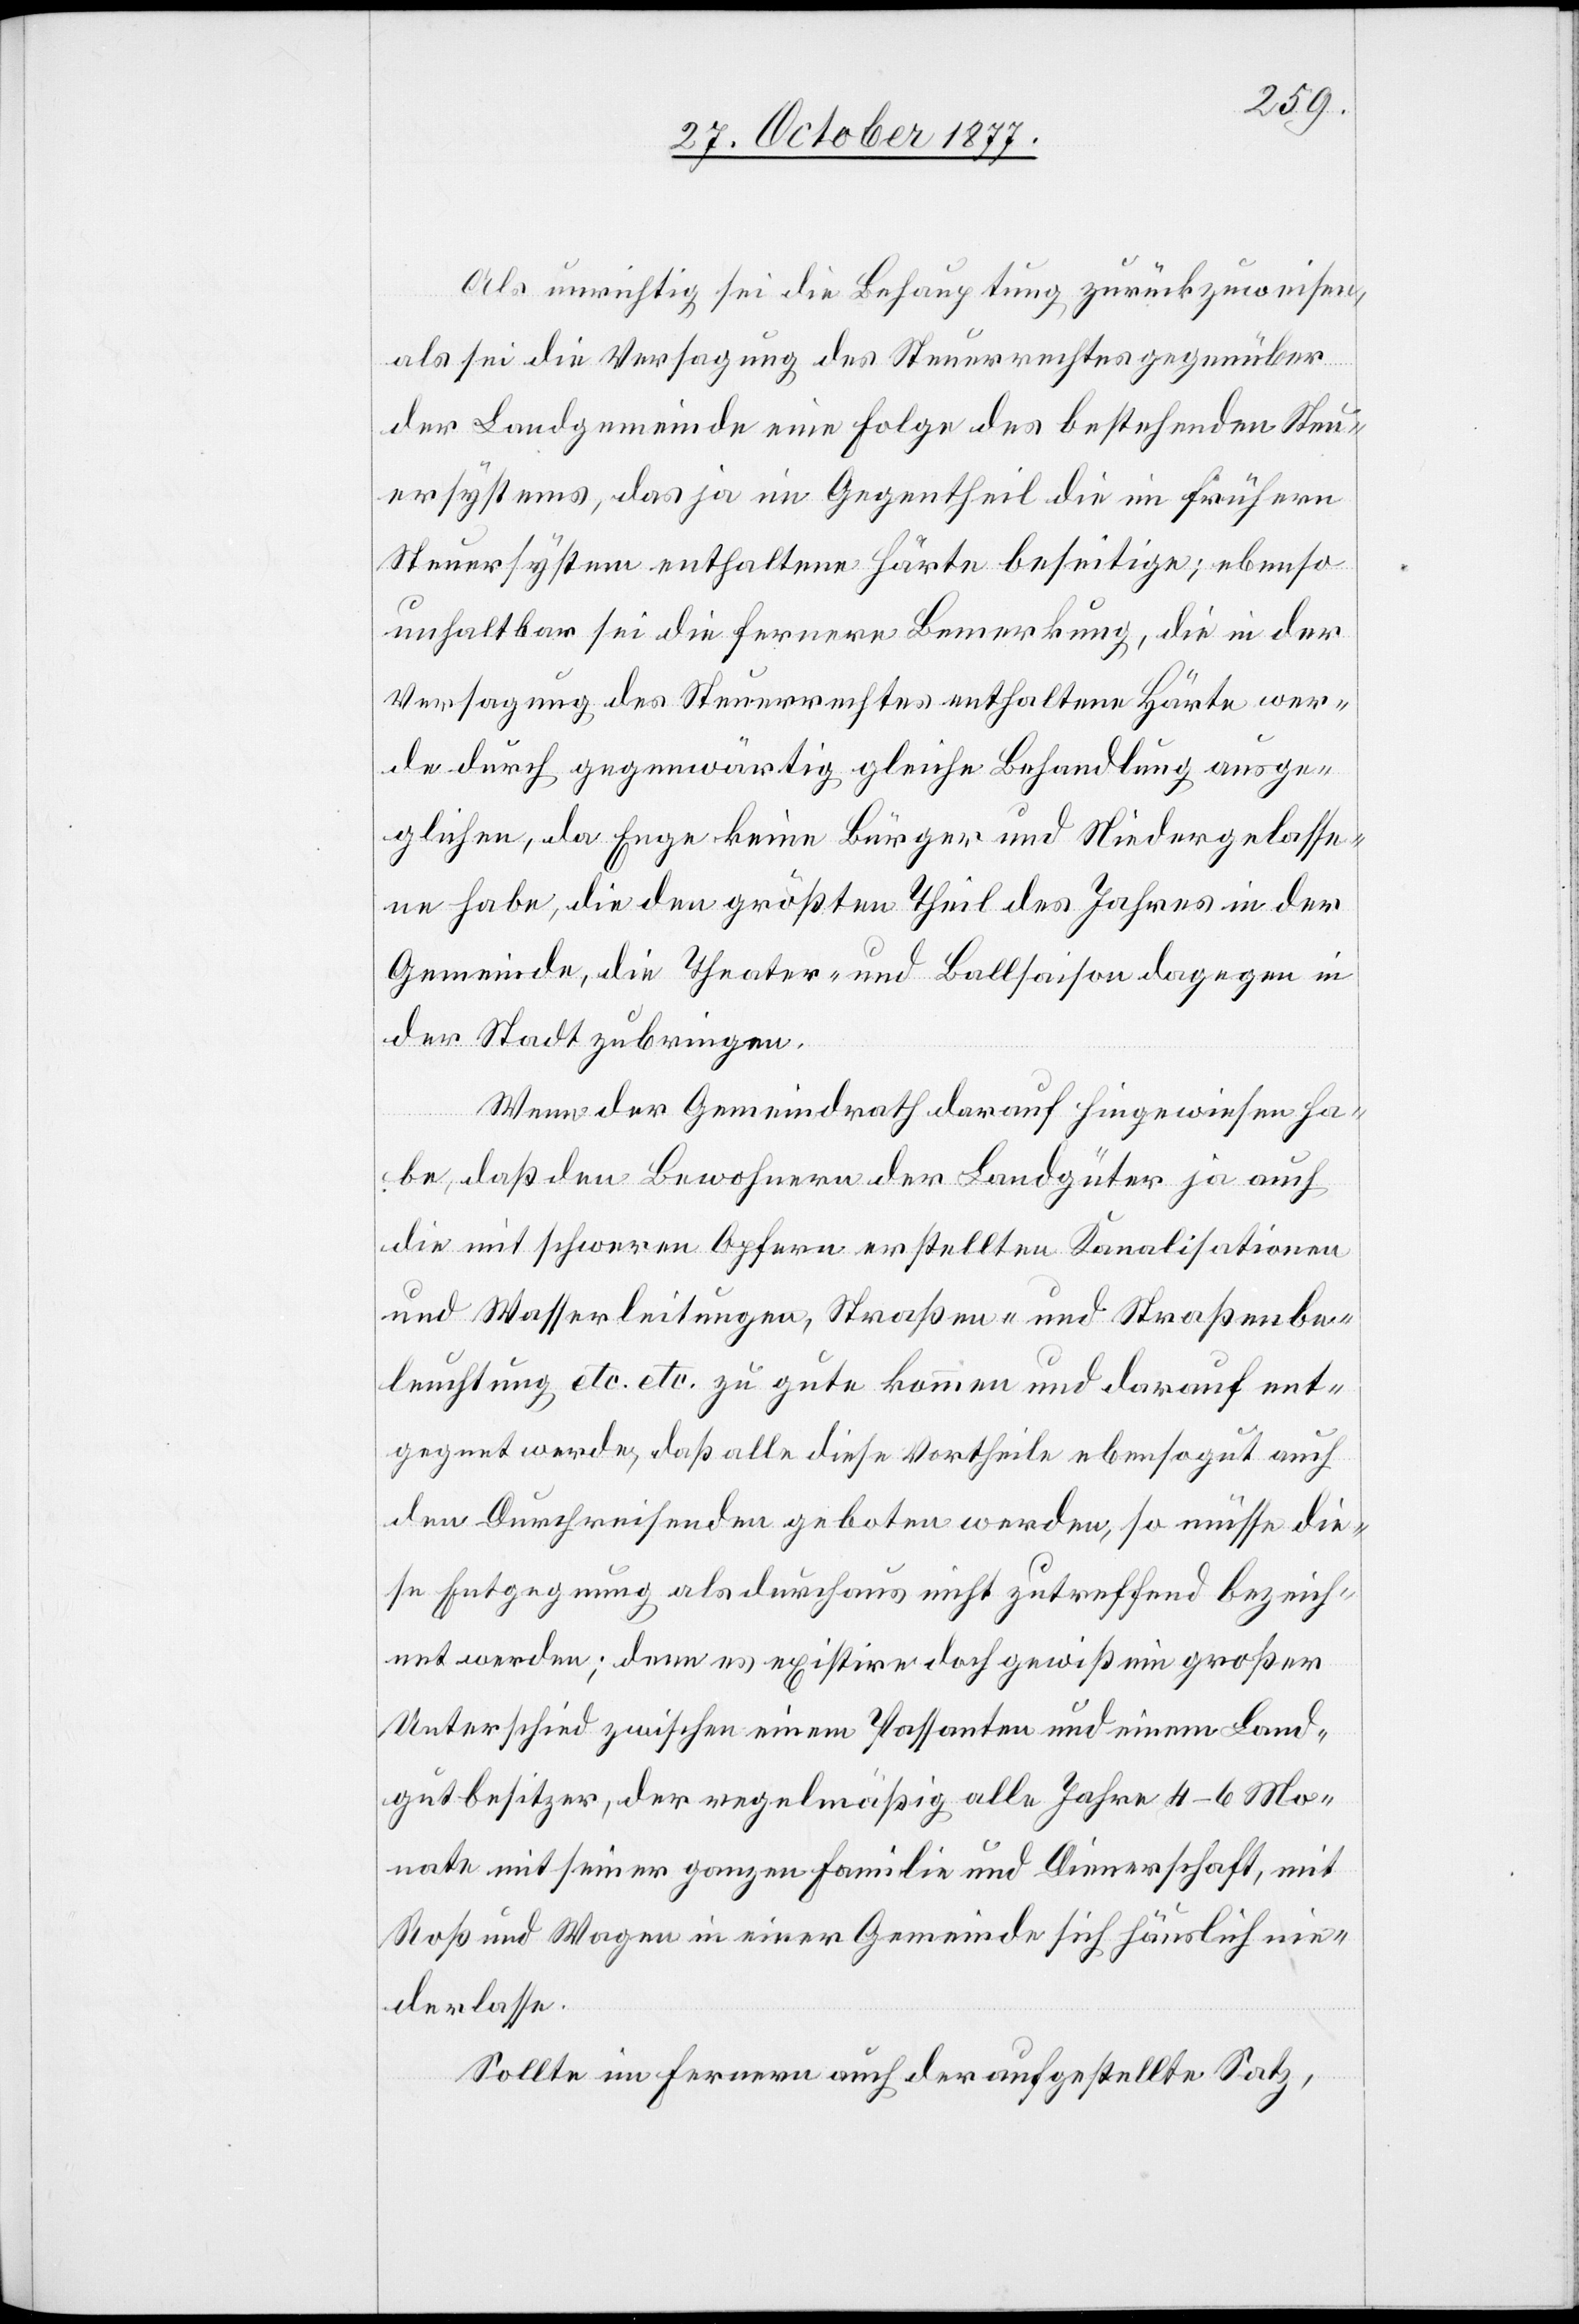
Als unrichtig sei die Behauptung zurückzuweisen,
als sei die Versagung des Steuerrechtes gegenüber
der Landgemeinde eine Folge des bestehenden Steu¬
ersystems, das ja im Gegentheil die im frühern
Steuersystem enthaltene Härte beseitige; ebenso
unhaltbar sei die fernere Bemerkung, die in der
Versagung des Steuerrechtes enthaltene Härte wer¬
de durch gegenwärtig gleiche Behandlung ausge¬
glichen, da Enge keine Bürger und Niedergelasse¬
ne habe, die den größten Theil des Jahres in der
Gemeinde, die Theater- und Ballsaison dagegen in
der Stadt zubringen.
Wenn der Gemeindrath darauf hingewiesen ha¬
be, daß den Bewohnern der Landgüter ja auch
die mit schweren Opfern erstellten Kanalisationen
und Wasserleitungen, Straßen- und Straßenbe¬
leuchtung etc. etc. zu gute kommen und darauf ent¬
gegnet werde, daß alle diese Vortheile ebensogut auch
den Durchreisenden geboten werden, so müsse die¬
se Entgegnung als durchaus nicht zutreffend bezeich¬
net werden; denn es existire doch gewiß ein großer
Unterschied zwischen einem Passanten und einem Land¬
gutbesitzer, der regelmäßig alle Jahre 4–6 Mo¬
nate mit seiner ganzen Familie und Dienerschaft, mit
Roß und Wagen in einer Gemeinde sich häuslich nie¬
derlasse.
Sollte im Fernern auch der aufgestellte Satz,